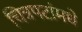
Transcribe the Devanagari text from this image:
चित्रपटांमधे